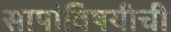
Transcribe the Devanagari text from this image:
सापांविषयीची